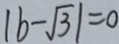
\vert b - \sqrt { 3 } \vert = 0